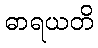
ဓာရယတိ